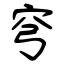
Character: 穹